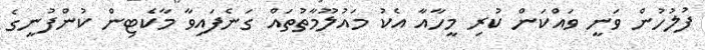
ފުލުހުން ވަނީ ވައްކަން ކުރި މީހާއާ އެކު މައުލޫމާތުތައް ގަނެފައިވާ މާކެޓިން ކުންފުނީގެ